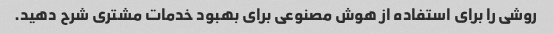
روشی را برای استفاده از هوش مصنوعی برای بهبود خدمات مشتری شرح دهید.